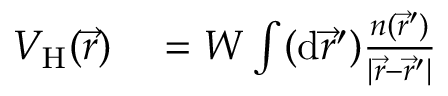
\begin{array} { r l } { V _ { \mathrm { H } } ( \vec { r } ) } & { { } = W \int ( \mathrm { d } \vec { r } ^ { \prime } ) \frac { n ( \vec { r } ^ { \prime } ) } { | \vec { r } - \vec { r } ^ { \prime } | } } \end{array}